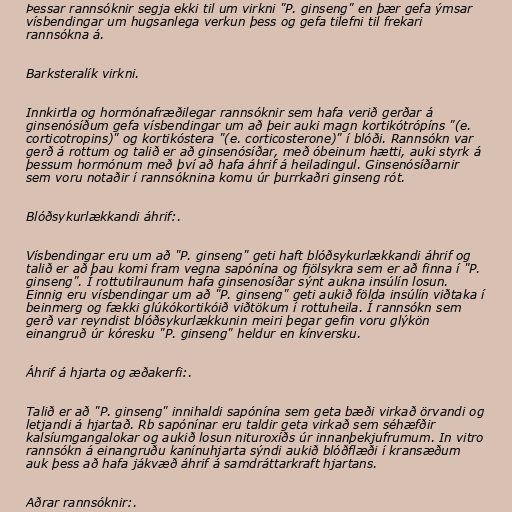
Þessar rannsóknir segja ekki til um virkni "P. ginseng" en þær gefa ýmsar
vísbendingar um hugsanlega verkun þess og gefa tilefni til frekari
rannsókna á.

Barksteralík virkni.

Innkirtla og hormónafræðilegar rannsóknir sem hafa verið gerðar á
ginsenósíðum gefa vísbendingar um að þeir auki magn kortikótrópíns "(e.
corticotropins)" og kortikóstera "(e. corticosterone)" í blóði. Rannsókn var
gerð á rottum og talið er að ginsenósíðar, með óbeinum hætti, auki styrk á
þessum hormónum með því að hafa áhrif á heiladingul. Ginsenósíðarnir
sem voru notaðir í rannsóknina komu úr þurrkaðri ginseng rót.

Blóðsykurlækkandi áhrif:.

Vísbendingar eru um að "P. ginseng" geti haft blóðsykurlækkandi áhrif og
talið er að þau komi fram vegna sapónína og fjölsykra sem er að finna í "P.
ginseng". Í rottutilraunum hafa ginsenosíðar sýnt aukna insúlín losun.
Einnig eru vísbendingar um að "P. ginseng" geti aukið földa insúlín viðtaka í
beinmerg og fækki glúkókortikóið viðtökum í rottuheila. Í rannsókn sem
gerð var reyndist blóðsykurlækkunin meiri þegar gefin voru glýkön
einangruð úr kóresku "P. ginseng" heldur en kínversku.

Áhrif á hjarta og æðakerfi:.

Talið er að "P. ginseng" innihaldi sapónína sem geta bæði virkað örvandi og
letjandi á hjartað. Rb sapónínar eru taldir geta virkað sem séhæfðir
kalsíumgangalokar og aukið losun nituroxíðs úr innanþekjufrumum. In vitro
rannsókn á einangruðu kanínuhjarta sýndi aukið blóðflæði í kransæðum
auk þess að hafa jákvæð áhrif á samdráttarkraft hjartans.

Aðrar rannsóknir:.